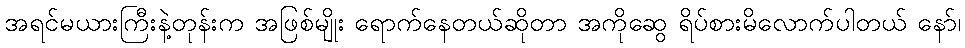
အရင်မယားကြီးနဲ့တုန်းက အဖြစ်မျိုး ရောက်နေတယ်ဆိုတာ အကိုဆွေ ရိပ်စားမိလောက်ပါတယ် နော်၊